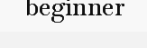
beginner